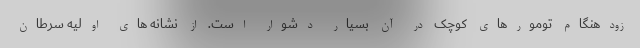
زودهنگام تومورهای کوچک در آن بسیار دشوار است. از نشانه های اولیه سرطان